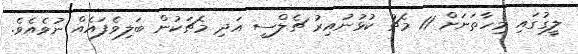
ލީގުގައި މިހާތަނަށް 11 މެޗު ކުޅުނުއިރު ޗެލްސީ އަދި މެޗަކުން ބަލިވެފައެއް ނުވެއެވެ.